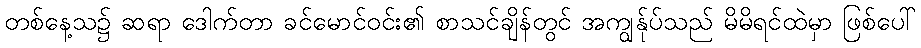
တစ်နေ့သ၌ ဆရာ ဒေါက်တာ ခင်မောင်ဝင်း၏ စာသင်ချိန်တွင် အကျွန်ုပ်သည် မိမိရင်ထဲမှာ ဖြစ်ပေါ်